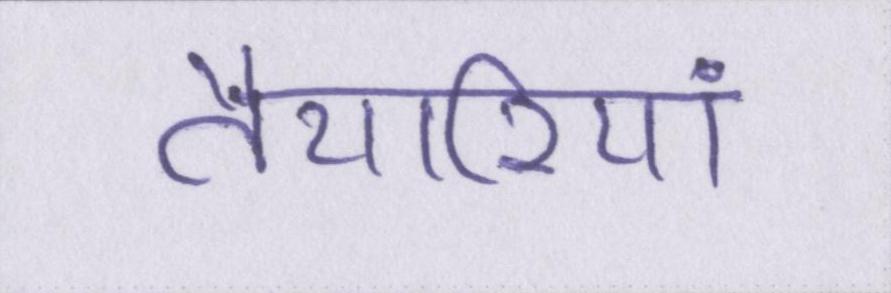
तैयारियां